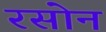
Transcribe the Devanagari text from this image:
रसोन